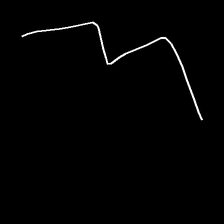
Glyph: crush